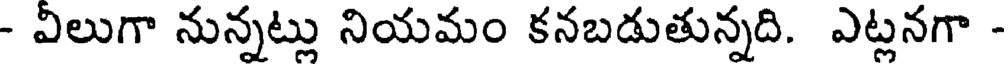
- విలుగా నున్నట్లు నియమం కనబడుతున్నది. ఎట్లనగా -